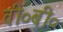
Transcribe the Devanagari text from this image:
वी०बी०